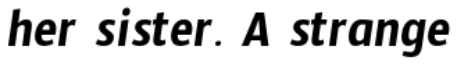
her sister. A strange